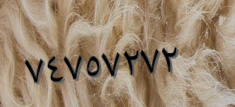
٧٤٧٥٧٢٧٢